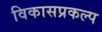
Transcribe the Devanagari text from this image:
विकासप्रकल्प